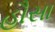
હૌસા